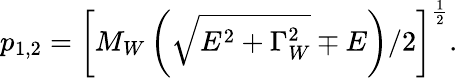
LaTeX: p_{1,2}=\left[M_{W}\left(\sqrt{E^{2}+\Gamma_{W}^{2}}\mp E\right)/2\right]^{\frac{1}{2}}.